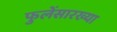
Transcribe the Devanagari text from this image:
फुलेंसारख्या